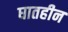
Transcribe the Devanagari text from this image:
घातहीन